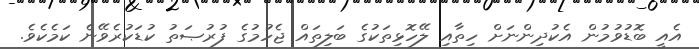
އެއީ ބޮޑުވުމުން އެކުދިންނަށް ހިތާއި ލޭހޮޅިތަކުގެ ބަލިތައް ޖެހުމުގެ ފުރުޞަތު ކުޑަކުރެވޭނެ ކަމެކެވެ.